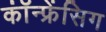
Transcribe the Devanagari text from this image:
कॉंन्फ्रेंसिग